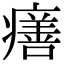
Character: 𤺪